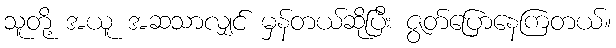
သူတို့ အယူ အဆသာလျှင် မှန်တယ်ဆိုပြီး ဇွတ်ပြောနေကြတယ်။